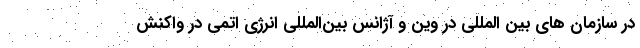
در سازمان های بین المللی در وین و آژانس بین‌المللی انرژی اتمی در واکنش